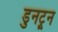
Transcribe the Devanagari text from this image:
डुनट्रून